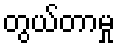
တွယ်တာမှု